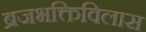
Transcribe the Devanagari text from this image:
ब्रजभक्तिविलास